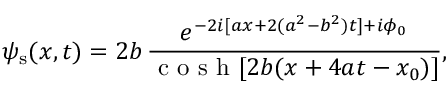
\psi _ { \mathrm { s } } ( x , t ) = 2 b \, \frac { e ^ { - 2 i [ a x + 2 ( a ^ { 2 } - b ^ { 2 } ) t ] + i \phi _ { 0 } } } { \mathrm { ~ c ~ o ~ s ~ h ~ } [ 2 b ( x + 4 a t - x _ { 0 } ) ] } ,